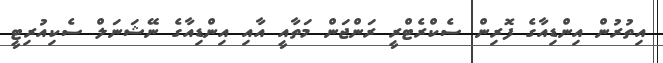
އިތުރުން އިންޑިއާގެ ފޮރިން ސެކްރެޓްރީ ރަންޖަން މަތާއީ އާއި އިންޑިއާގެ ނޭޝަނަލް ސެކިއުރިޓީ